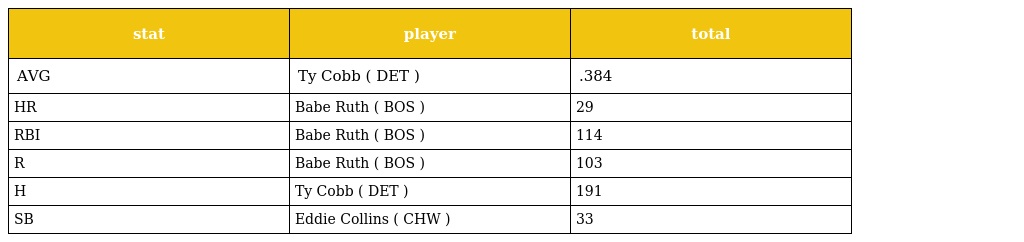
| stat | player | total |
 | --- | --- | --- |
 | AVG | Ty Cobb ( DET ) | .384 |
 | HR | Babe Ruth ( BOS ) | 29 |
 | RBI | Babe Ruth ( BOS ) | 114 |
 | R | Babe Ruth ( BOS ) | 103 |
 | H | Ty Cobb ( DET ) | 191 |
 | SB | Eddie Collins ( CHW ) | 33 |